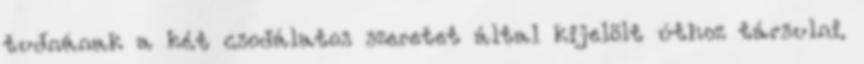
tudnának a két csodálatos szeretet által kijelölt úthoz társulni.